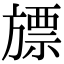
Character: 𣄔